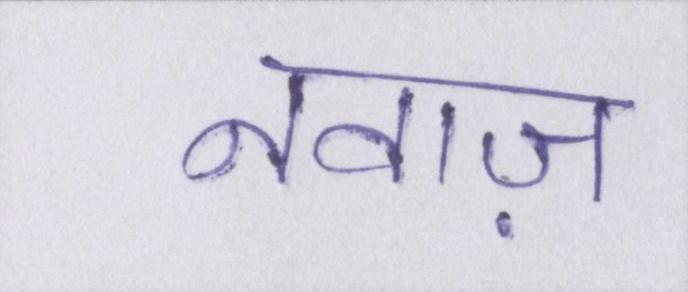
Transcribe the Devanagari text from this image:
नवाज़